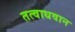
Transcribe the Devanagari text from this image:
तत्वाधवान